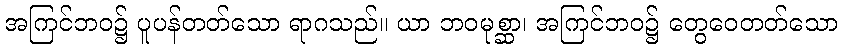
အကြင်ဘဝ၌ ပူပန်တတ်သော ရာဂသည်။ ယာ ဘဝမုစ္ဆာ၊ အကြင်ဘဝ၌ တွေဝေတတ်သော